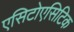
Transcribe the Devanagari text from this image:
एसिटोएसिटिक